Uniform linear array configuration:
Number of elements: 24
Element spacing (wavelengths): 0.5
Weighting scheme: hann
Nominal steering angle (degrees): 45
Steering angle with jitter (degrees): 44.852
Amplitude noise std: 0.05
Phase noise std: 0.05

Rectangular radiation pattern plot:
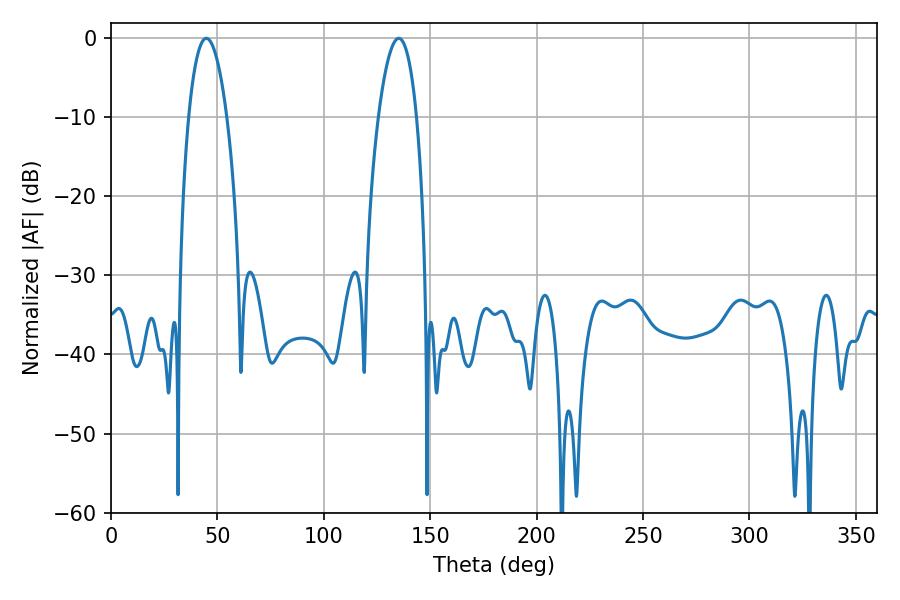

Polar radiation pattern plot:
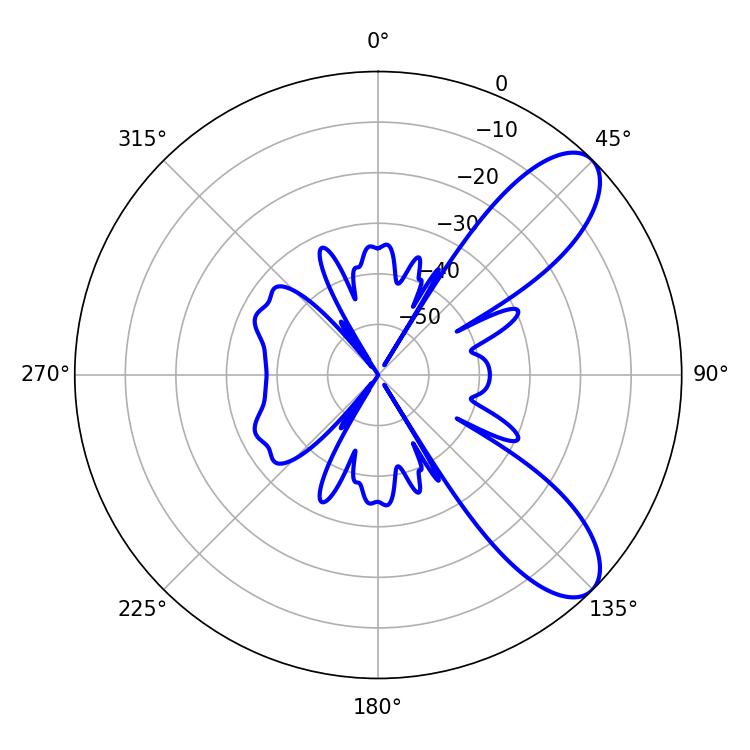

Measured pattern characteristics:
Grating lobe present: FALSE
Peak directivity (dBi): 8.815
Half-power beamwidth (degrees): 10.08
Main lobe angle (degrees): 44.82